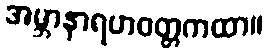
အမ္ဘာနာရဟဝတ္တကထာ။